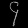
Digit: ၄